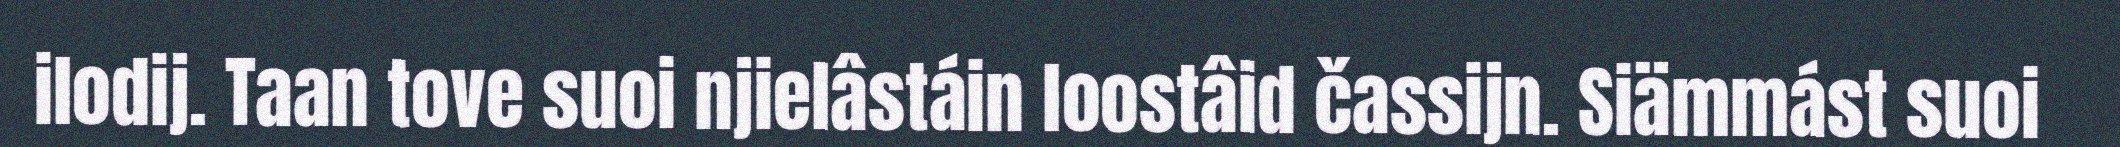
ilodij. Taan tove suoi njielâstáin loostâid čassijn. Siämmást suoi